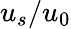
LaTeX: u_{s}/u_{0}